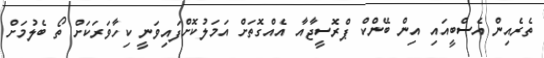
ތެރެއިން އެސްބީއައި އިން ބޭންކް ޕްރޮސީޖާއާ އެއްގޮތަށް އަމަލުކޮށްފައިވަނީ ކިހާވަރަކަށް ތޯ ބެލުމަށް